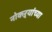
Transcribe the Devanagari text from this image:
नोकऱ्यांच्या